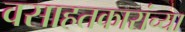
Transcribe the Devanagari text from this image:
वसाहतकारांच्या